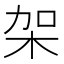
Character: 架